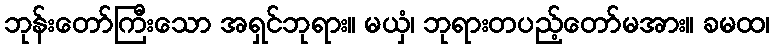
ဘုန်းတော်ကြီးသော အရှင်ဘုရား။ မယှံ၊ ဘုရားတပည့်တော်မအား။ ခမထ၊